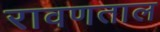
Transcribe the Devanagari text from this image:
रावणताल